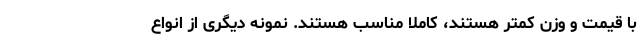
با قیمت و وزن کمتر هستند، کاملا مناسب هستند. نمونه دیگری از انواع